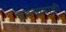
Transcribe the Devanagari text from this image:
हृदयापाशी